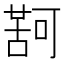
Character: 𮐤